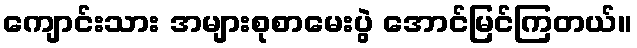
ကျောင်းသား အများစုစာမေးပွဲ အောင်မြင်ကြတယ်။